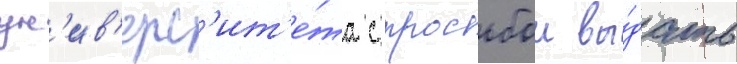
ун'ив'ерс'ит'е́та с просьбои вы́дать